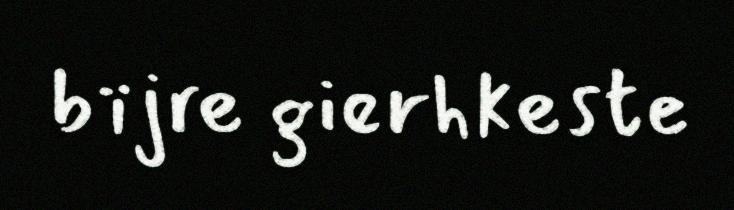
bïjre gierhkeste